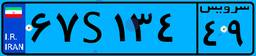
۲۰S۵۱۷۵۳